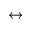
\leftrightarrow